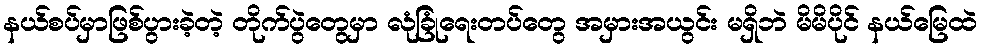
နယ်စပ်မှာဖြစ်ပွားခဲ့တဲ့ တိုက်ပွဲတွေမှာ လုံခြုံရေးတပ်တွေ အမှားအယွင်း မရှိဘဲ မိမိပိုင် နယ်မြေထဲ